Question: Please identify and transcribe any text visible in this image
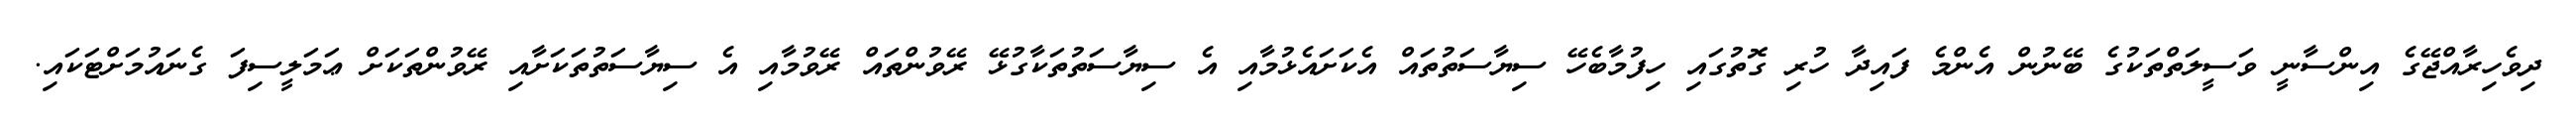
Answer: ދިވެހިރާއްޖޭގެ އިންސާނީ ވަސީލަތްތަކުގެ ބޭނުން އެންމެ ފައިދާ ހުރި ގޮތުގައި ހިފުމާބެހޭ ސިޔާސަތުތައް އެކަށައެޅުމާއި އެ ސިޔާސަތުތަކާގުޅޭ ރޭވުންތައް ރޭވުމާއި އެ ސިޔާސަތުތަކަށާއި ރޭވުންތަކަށް ޢަމަލީސިފަ ގެނައުމަށްޓަކައި.